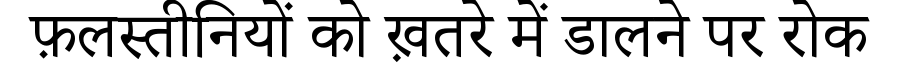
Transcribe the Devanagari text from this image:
फ़लस्तीनियों को ख़तरे में डालने पर रोक